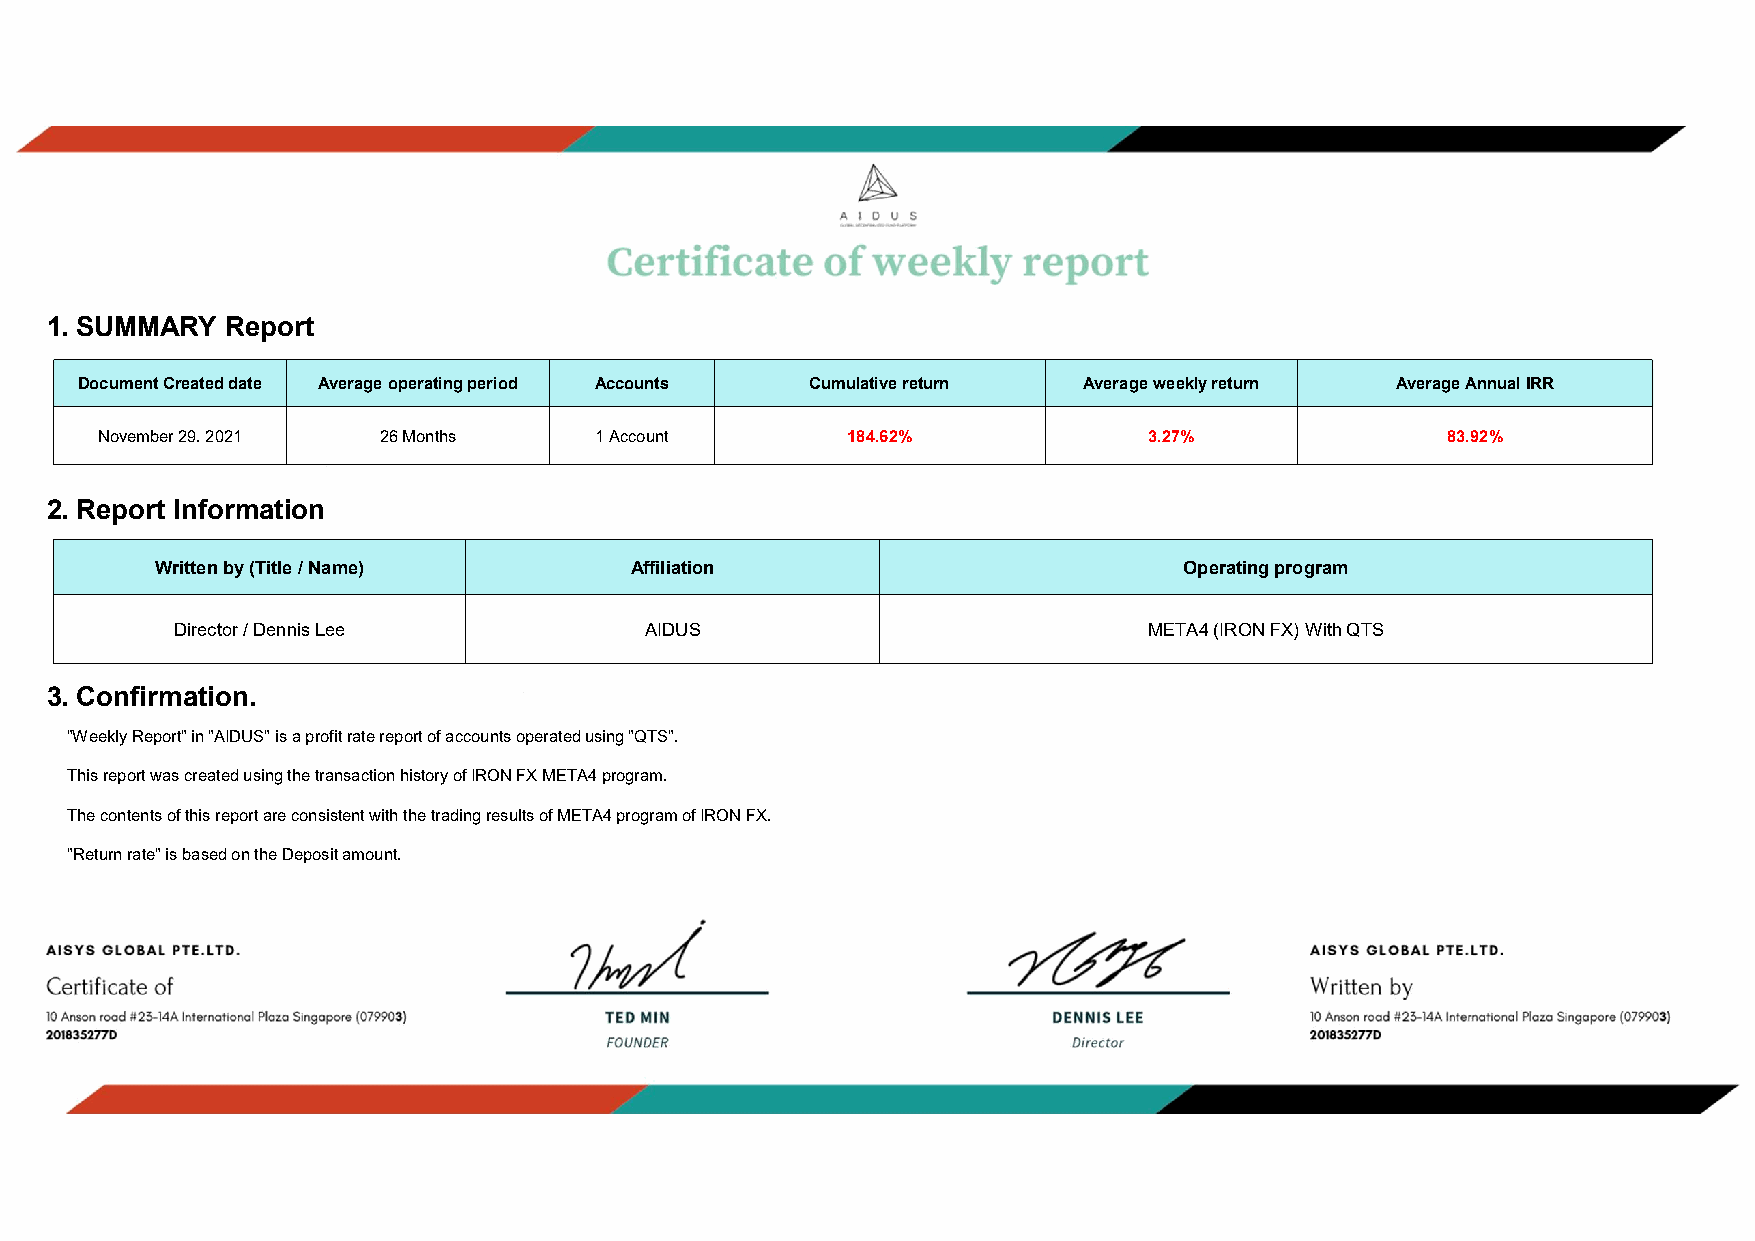
1. SUMMARY  Report
 Document Created date Average operating period Accounts Cumulative return Average weekly return Average Annual IRR
 November 29. 2021  26Months      1 Account        184.62%             3.27%               83.92%
 2. Report Information
 Written by (Title / Name)       Affiliation                         Operating program
 Director / Dennis Lee          AIDUS                            META4 (IRON FX) With QTS
 3. Confirmation.
 "Weekly Report" in "AIDUS" is a profit rate report of accounts operated using "QTS".
 This report was created using the transaction history of IRON FX META4 program.
 The contents of this report are consistent with the trading results of META4 program of IRON FX.
 "Return rate" is based on the Deposit amount.